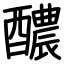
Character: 醲